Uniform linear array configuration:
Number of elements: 32
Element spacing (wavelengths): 0.75
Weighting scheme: cosine
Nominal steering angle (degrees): -30
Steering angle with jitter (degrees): -28.256
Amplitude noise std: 0.05
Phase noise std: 0.05

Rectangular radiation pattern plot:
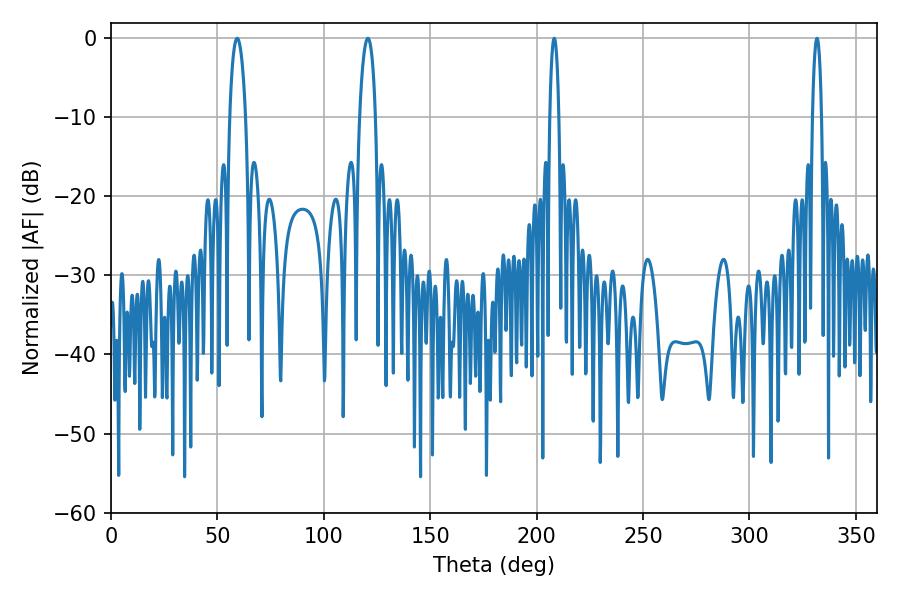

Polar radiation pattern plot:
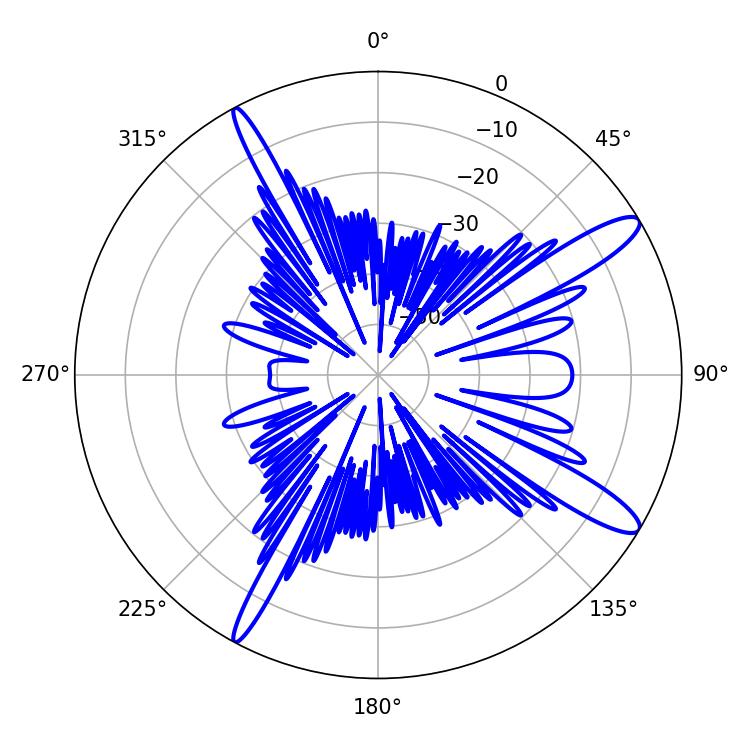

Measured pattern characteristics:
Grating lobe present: TRUE
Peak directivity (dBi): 13.128
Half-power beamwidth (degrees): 2.34
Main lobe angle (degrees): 208.26